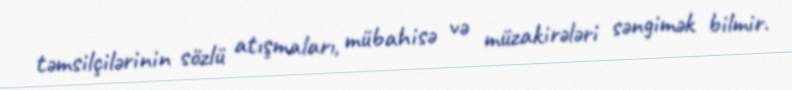
təmsilçilərinin sözlü atışmaları, mübahisə və müzakirələri səngimək bilmir.